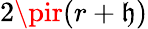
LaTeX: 2\pir(r+\mathfrak{h})